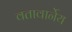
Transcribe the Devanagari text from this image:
वतावार्नेय